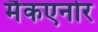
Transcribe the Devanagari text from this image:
मैकएनोर